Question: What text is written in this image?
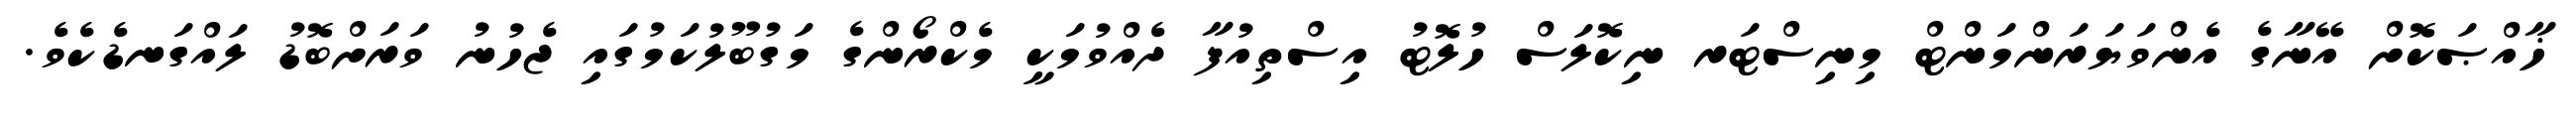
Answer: ޚާއްޞަކޮށް އޭނާގެ އެންވަޔަރަންމަންޓް މިނިސްޓަރ ނިކޮލަސް ހުލޮޓު އިސްތިއުފާ ދެއްވުމަކީ މެކްރޯންގެ މަގުބޫލުކަމުގައި ޖެހުނު ވަރަށްބޮޑު ލައްގަނޑެކެވެ.